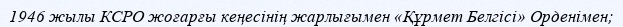
1946 жылы КСРО жоғарғы кеңесінің жарлығымен «Құрмет Белгісі» Орденімен;